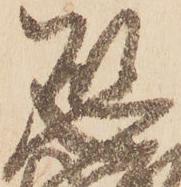
恐